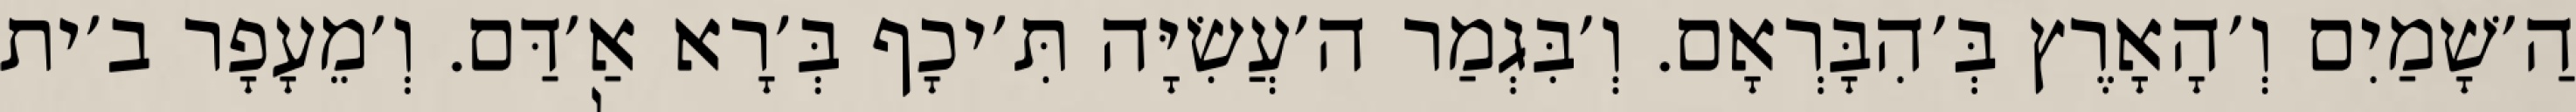
הַ׳שָׁמַיִם וְ׳הָאָרֶץ בְּ׳הִבָּרְאָם. וְ׳בִּגְמַר ה׳עֲשִׂיָּה תִּ׳יכָף בְּ׳רָא אַ׳דַּם. וְ׳מֵעָפָר ב׳ית